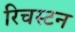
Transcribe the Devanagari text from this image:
रिचस्टन